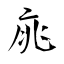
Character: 𤶃